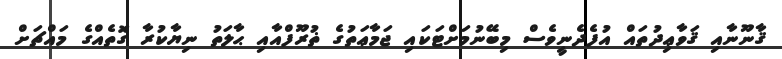
ޤާނޫނާއި ޤަވާޢިދުތައް އުފެދެނީވެސް މިބޭނުމަށްޓަކައި ޖަމާޢަތުގެ ޡުރޫފްއާއި ޙާލަތު ނިޔާކުރާ ގޮތެއްގެ މައްޗަށް